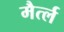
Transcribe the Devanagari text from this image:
मैर्त्ल